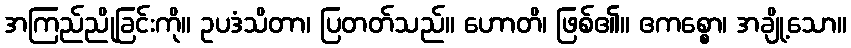
အကြည်ညိုခြင်းကို။ ဥပဒံသိတာ၊ ပြတတ်သည်။ ဟောတိ၊ ဖြစ်၏။ ဧကစ္စော၊ အချို့သော။